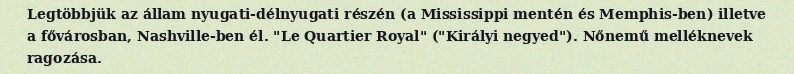
Legtöbbjük az állam nyugati-délnyugati részén (a Mississippi mentén és Memphis-ben) illetve a fővárosban, Nashville-ben él. "Le Quartier Royal" ("Királyi negyed"). Nőnemű melléknevek ragozása.